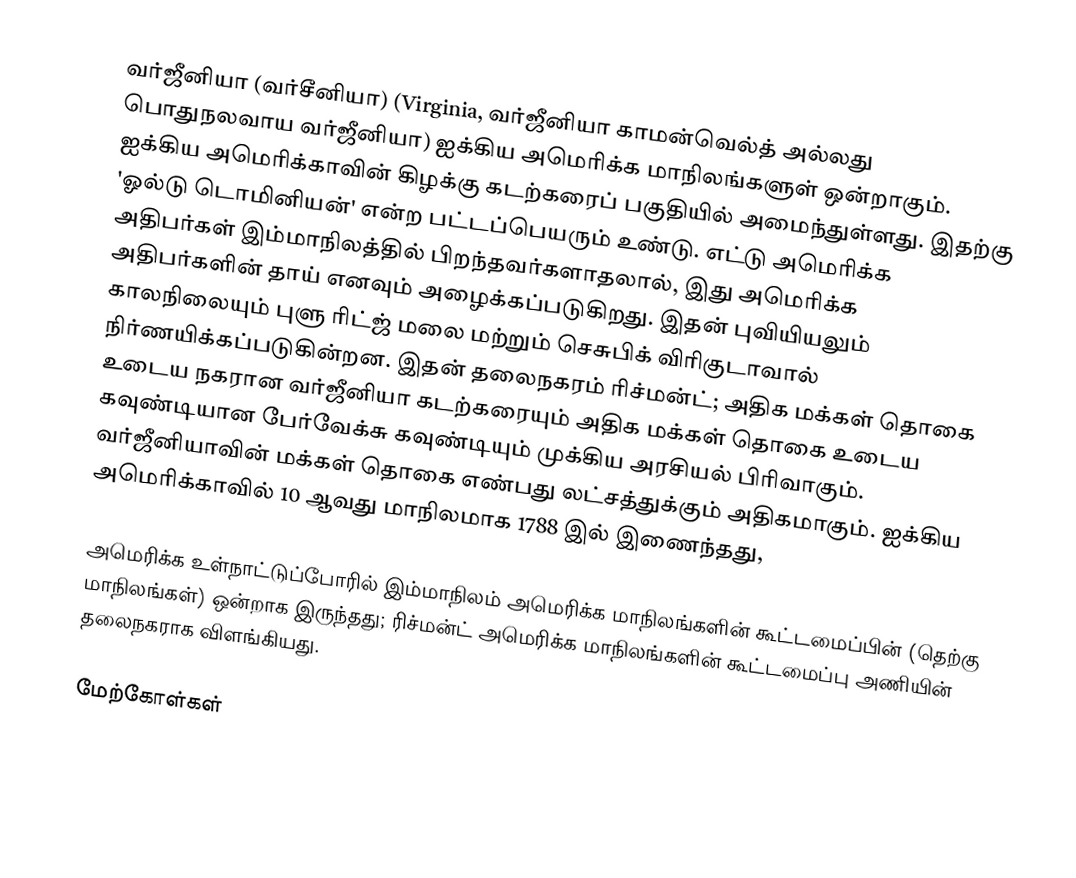
வர்ஜீனியா (வர்சீனியா) (Virginia, வர்ஜீனியா காமன்வெல்த் அல்லது பொதுநலவாய வர்ஜீனியா) ஐக்கிய அமெரிக்க மாநிலங்களுள் ஒன்றாகும். ஐக்கிய அமெரிக்காவின் கிழக்கு கடற்கரைப் பகுதியில் அமைந்துள்ளது. இதற்கு 'ஓல்டு டொமினியன்' என்ற பட்டப்பெயரும் உண்டு. எட்டு அமெரிக்க அதிபர்கள் இம்மாநிலத்தில் பிறந்தவர்களாதலால், இது அமெரிக்க அதிபர்களின் தாய் எனவும் அழைக்கப்படுகிறது. இதன் புவியியலும் காலநிலையும் புளு ரிட்ஜ் மலை மற்றும் செசுபிக் விரிகுடாவால் நிர்ணயிக்கப்படுகின்றன. இதன் தலைநகரம் ரிச்மன்ட்; அதிக மக்கள் தொகை உடைய நகரான வர்ஜீனியா கடற்கரையும்  அதிக மக்கள் தொகை உடைய கவுண்டியான பேர்வேக்சு கவுண்டியும்  முக்கிய அரசியல் பிரிவாகும். வர்ஜீனியாவின் மக்கள் தொகை எண்பது லட்சத்துக்கும் அதிகமாகும். ஐக்கிய அமெரிக்காவில் 10 ஆவது மாநிலமாக 1788 இல் இணைந்தது,

அமெரிக்க உள்நாட்டுப்போரில் இம்மாநிலம் அமெரிக்க மாநிலங்களின் கூட்டமைப்பின் (தெற்கு மாநிலங்கள்) ஒன்றாக இருந்தது; ரிச்மன்ட் அமெரிக்க மாநிலங்களின் கூட்டமைப்பு அணியின் தலைநகராக விளங்கியது.

மேற்கோள்கள்